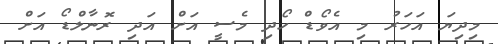
މިދިޔަ އަހަރު މި އެވޯޑް ހޯދި މެސީ އަށް އަދި ރޮނާލްޑޯ އަށް